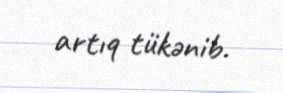
artıq tükənib.